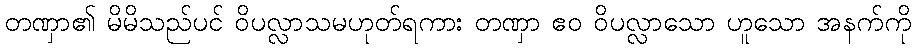
တဏှာ၏ မိမိသည်ပင် ဝိပလ္လာသမဟုတ်ရကား တဏှာ ဧဝ ဝိပလ္လာသော ဟူသော အနက်ကို